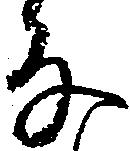
な